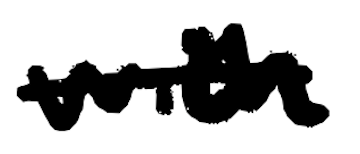
Text: with
Cross-out: single-line
Writing tool: digital_black